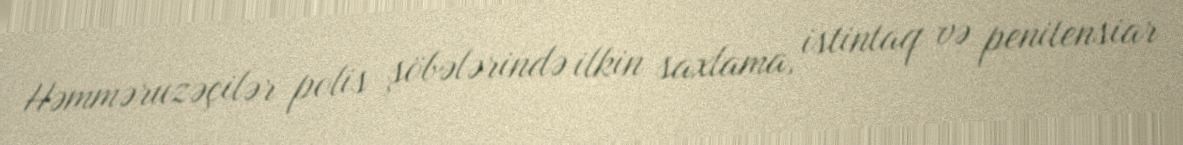
Həmməruzəçilər polis şöbələrində ilkin saxlama, istintaq və penitensiar